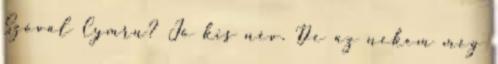
Szóval Cymru? Jó kis név. De az nekem még